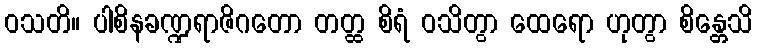
ဝသတိ။ ပါစိနခဏ္ဍရာဇိဂတော တတ္ထ စိရံ ဝသိတွာ ထေရော ဟုတွာ စိန္တေသိ